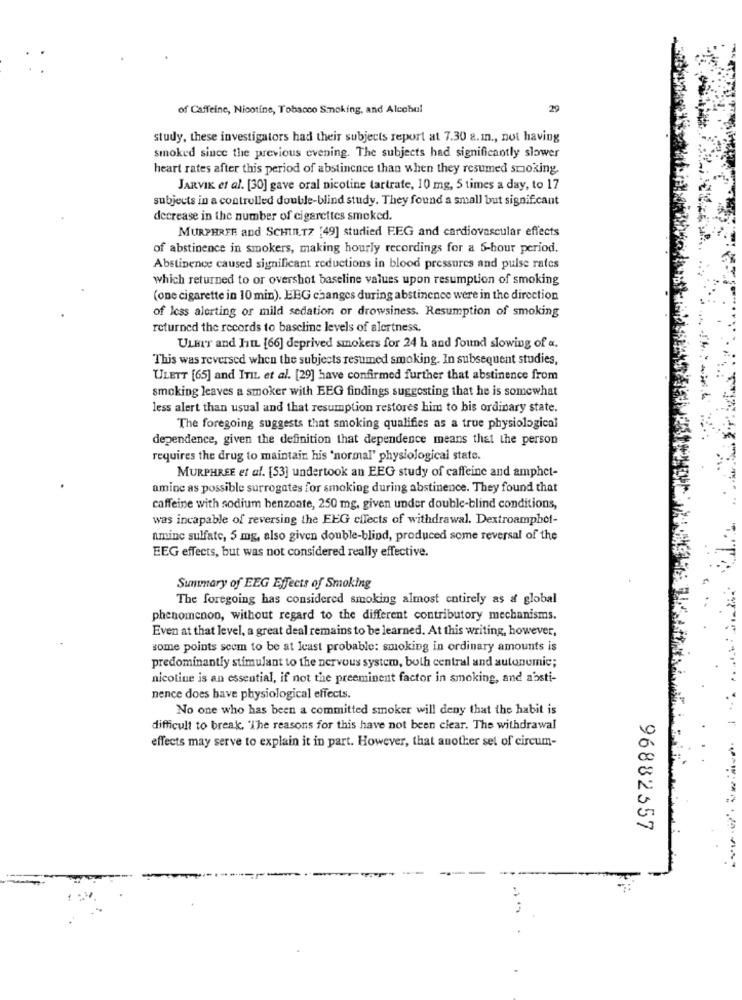
of Caffeine, Nicotine, Tobacco Smoking, and Alcohol
29
study, these investigators had their subjects report at 7.30 a.m ., not having
smoked since the previous evening. The subjects had significantly slower
heart rates after this period of abstinence than when they resumed smoking.
JARVIK et al. [30] gave oral nicotine tartrate, 10 mg, 5 times a day, to 17
subjects in a controlled double-blind study. They found a small but significant
decrease in the number of cigarettes smoked.
MURPHRER and SCHULTZ [49] studied F.EG and cardiovascular effects
of abstinence in smokers, making hourly recordings for a 5-hour period.
Abstinence caused significant reductions in blood pressures and pulse rates
which returned to or overshot baseline values upon resumption of smoking
(one cigarette in 10 min). EEG changes during abstinence were in the direction
of less alerting or mild sedation or drowsiness. Resumption of smoking
returned the records to baseline levels of alertness.
ULBIT and HIL [66] deprived smokers for 24 h and found slowing of a.
This was reversed when the subjects resumed smoking. In subsequent studies,
ULETT [65] and ITIL et al. [29] have confirmed further that abstinence from
smoking leaves a smoker with EEG findings suggesting that he is somewhat
less alert than usual and that resumption restores him to bis ordinary state.
The foregoing suggests that smoking qualifies as a true physiological
dependence, given the definition that dependence means that the person
requires the drug to maintain his 'normal' physiological state.
MURPHREE et al. [53] undertook an EEG study of caffeine and amphet-
amine as possible surrogates for smoking during abstinence. They found that
caffeine with sodium benzoate, 250 mg, given under double-blind conditions,
was incapable of reversing the EEG cllects of withdrawal. Dextroamphot-
amine sulfate, 5 mg, also given double-blind, produced some reversal of the
EEG effects, but was not considered really effective.
Summary of EEG Effects of Smoking
The foregoing has considered smoking almost entirely as a global
phenomenon, without regard to the different contributory mechanisms.
Even at that level, a great deal remains to be learned. At this writing, however,
some points seem to be at least probable: smoking in ordinary amounts is
predominantly stimulant to the nervous system, both central and autonomie;
nicotine is an essential, if not the preeminent factor in smoking, and absti-
nence does have physiological effects.
No one who has been a committed smoker will deny that the habit is
....
difficult to break, 'The reasons for this have not been clear. The withdrawal
effects may serve to explain it in part. However, that another set of circum-
96882557